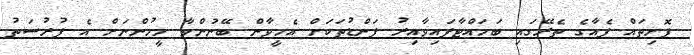
ފޮށިތައް ފެއާގެ ތެރޭގައި ބަހައްޓާފައިވާއިރު ފަންޑުތަކަށް އެހީވާން ބޭނުންވާ މީހުންނަށް އެ ފުރުސަތު